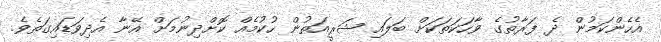
އެހެންކަމުން ދެ ފަރާތުގެ ވާހަކަތަކަށް ބަލައި ޝަރީއަތުން ހުކުމެއް ކޮށްދިނުމަށް އޭނާ އެދިވަޑައިގަތެވެ.